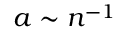
a \sim n ^ { - 1 }